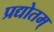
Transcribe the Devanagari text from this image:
प्रद्योतम्